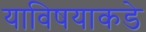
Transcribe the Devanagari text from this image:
याविषयाकडे